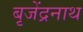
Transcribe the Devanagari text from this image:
बृजेंद्रनाथ